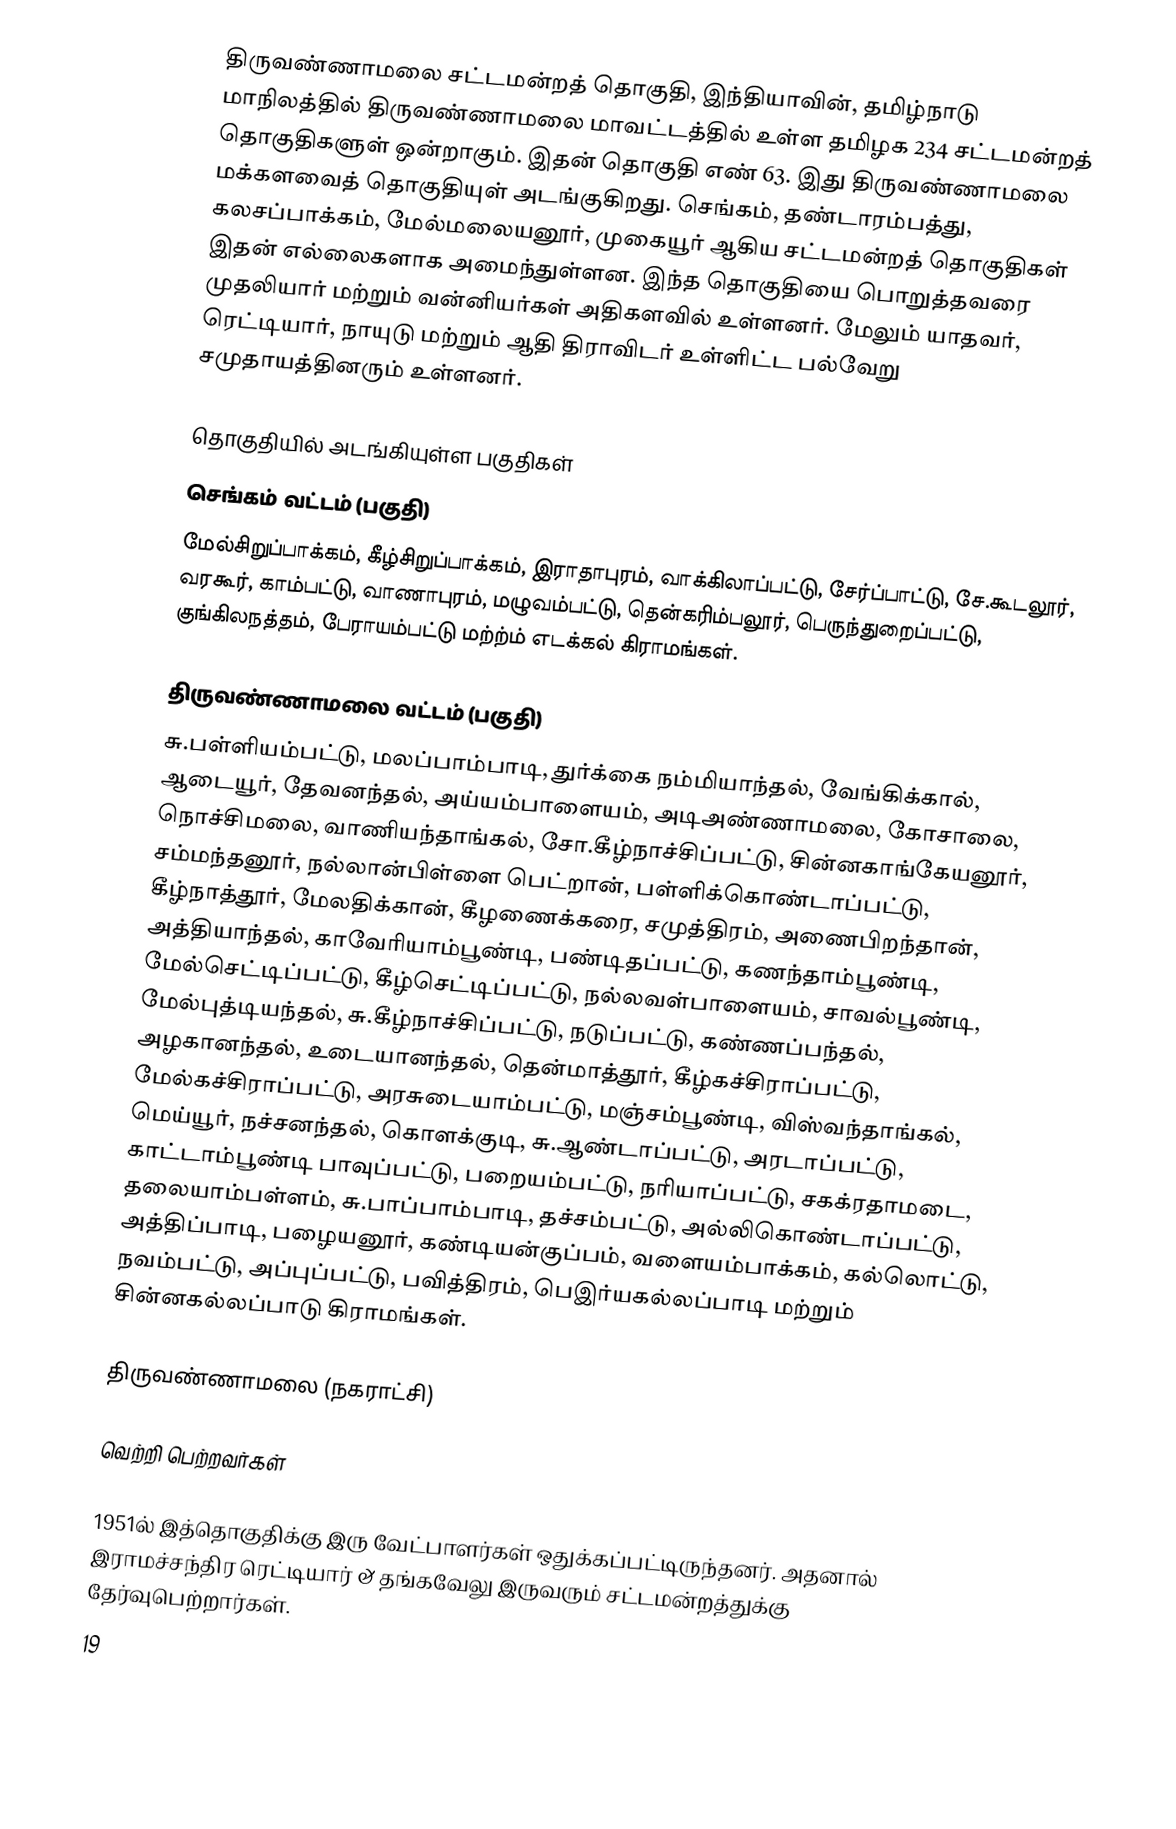
திருவண்ணாமலை சட்டமன்றத் தொகுதி, இந்தியாவின், தமிழ்நாடு மாநிலத்தில் திருவண்ணாமலை மாவட்டத்தில் உள்ள தமிழக 234 சட்டமன்றத் தொகுதிகளுள் ஒன்றாகும். இதன் தொகுதி எண் 63. இது திருவண்ணாமலை மக்களவைத் தொகுதியுள் அடங்குகிறது. செங்கம், தண்டாரம்பத்து, கலசப்பாக்கம், மேல்மலையனூர், முகையூர் ஆகிய சட்டமன்றத் தொகுதிகள் இதன் எல்லைகளாக அமைந்துள்ளன. இந்த தொகுதியை பொறுத்தவரை  முதலியார் மற்றும் வன்னியர்கள் அதிகளவில் உள்ளனர். மேலும் யாதவர், ரெட்டியார், நாயுடு மற்றும் ஆதி திராவிடர் உள்ளிட்ட பல்வேறு சமுதாயத்தினரும் உள்ளனர்.

தொகுதியில் அடங்கியுள்ள பகுதிகள்
செங்கம் வட்டம் (பகுதி)
மேல்சிறுப்பாக்கம், கீழ்சிறுப்பாக்கம், இராதாபுரம், வாக்கிலாப்பட்டு, சேர்ப்பாட்டு, சே.கூடலூர், வரகூர், காம்பட்டு, வாணாபுரம், மழுவம்பட்டு, தென்கரிம்பலூர், பெருந்துறைப்பட்டு, குங்கிலநத்தம், பேராயம்பட்டு மற்ற்ம் எடக்கல் கிராமங்கள்.

திருவண்ணாமலை வட்டம் (பகுதி)
சு.பள்ளியம்பட்டு, மலப்பாம்பாடி, துர்க்கை நம்மியாந்தல், வேங்கிக்கால், ஆடையூர், தேவனந்தல், அய்யம்பாளையம், அடிஅண்ணாமலை, கோசாலை, நொச்சிமலை, வாணியந்தாங்கல், சோ.கீழ்நாச்சிப்பட்டு, சின்னகாங்கேயனூர், சம்மந்தனூர், நல்லான்பிள்ளை பெட்றான், பள்ளிக்கொண்டாப்பட்டு, கீழ்நாத்தூர், மேலதிக்கான், கீழணைக்கரை, சமுத்திரம், அணைபிறந்தான், அத்தியாந்தல், காவேரியாம்பூண்டி, பண்டிதப்பட்டு, கணந்தாம்பூண்டி, மேல்செட்டிப்பட்டு, கீழ்செட்டிப்பட்டு, நல்லவள்பாளையம், சாவல்பூண்டி, மேல்புத்டியந்தல், சு.கீழ்நாச்சிப்பட்டு, நடுப்பட்டு, கண்ணப்பந்தல், அழகானந்தல், உடையானந்தல், தென்மாத்தூர், கீழ்கச்சிராப்பட்டு, மேல்கச்சிராப்பட்டு, அரசுடையாம்பட்டு, மஞ்சம்பூண்டி, விஸ்வந்தாங்கல், மெய்யூர், நச்சனந்தல், கொளக்குடி, சு.ஆண்டாப்பட்டு, அரடாப்பட்டு, காட்டாம்பூண்டி பாவுப்பட்டு, பறையம்பட்டு, நரியாப்பட்டு, சகக்ரதாமடை, தலையாம்பள்ளம், சு.பாப்பாம்பாடி, தச்சம்பட்டு, அல்லிகொண்டாப்பட்டு, அத்திப்பாடி, பழையனூர், கண்டியன்குப்பம், வளையம்பாக்கம், கல்லொட்டு, நவம்பட்டு, அப்புப்பட்டு, பவித்திரம், பெஇர்யகல்லப்பாடி மற்றும் சின்னகல்லப்பாடு கிராமங்கள்.

திருவண்ணாமலை (நகராட்சி)

வெற்றி பெற்றவர்கள்

1951ல் இத்தொகுதிக்கு இரு வேட்பாளர்கள் ஒதுக்கப்பட்டிருந்தனர். அதனால் இராமச்சந்திர ரெட்டியார் & தங்கவேலு இருவரும் சட்டமன்றத்துக்கு தேர்வுபெற்றார்கள்.
19